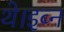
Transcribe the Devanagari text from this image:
थे।इब्न